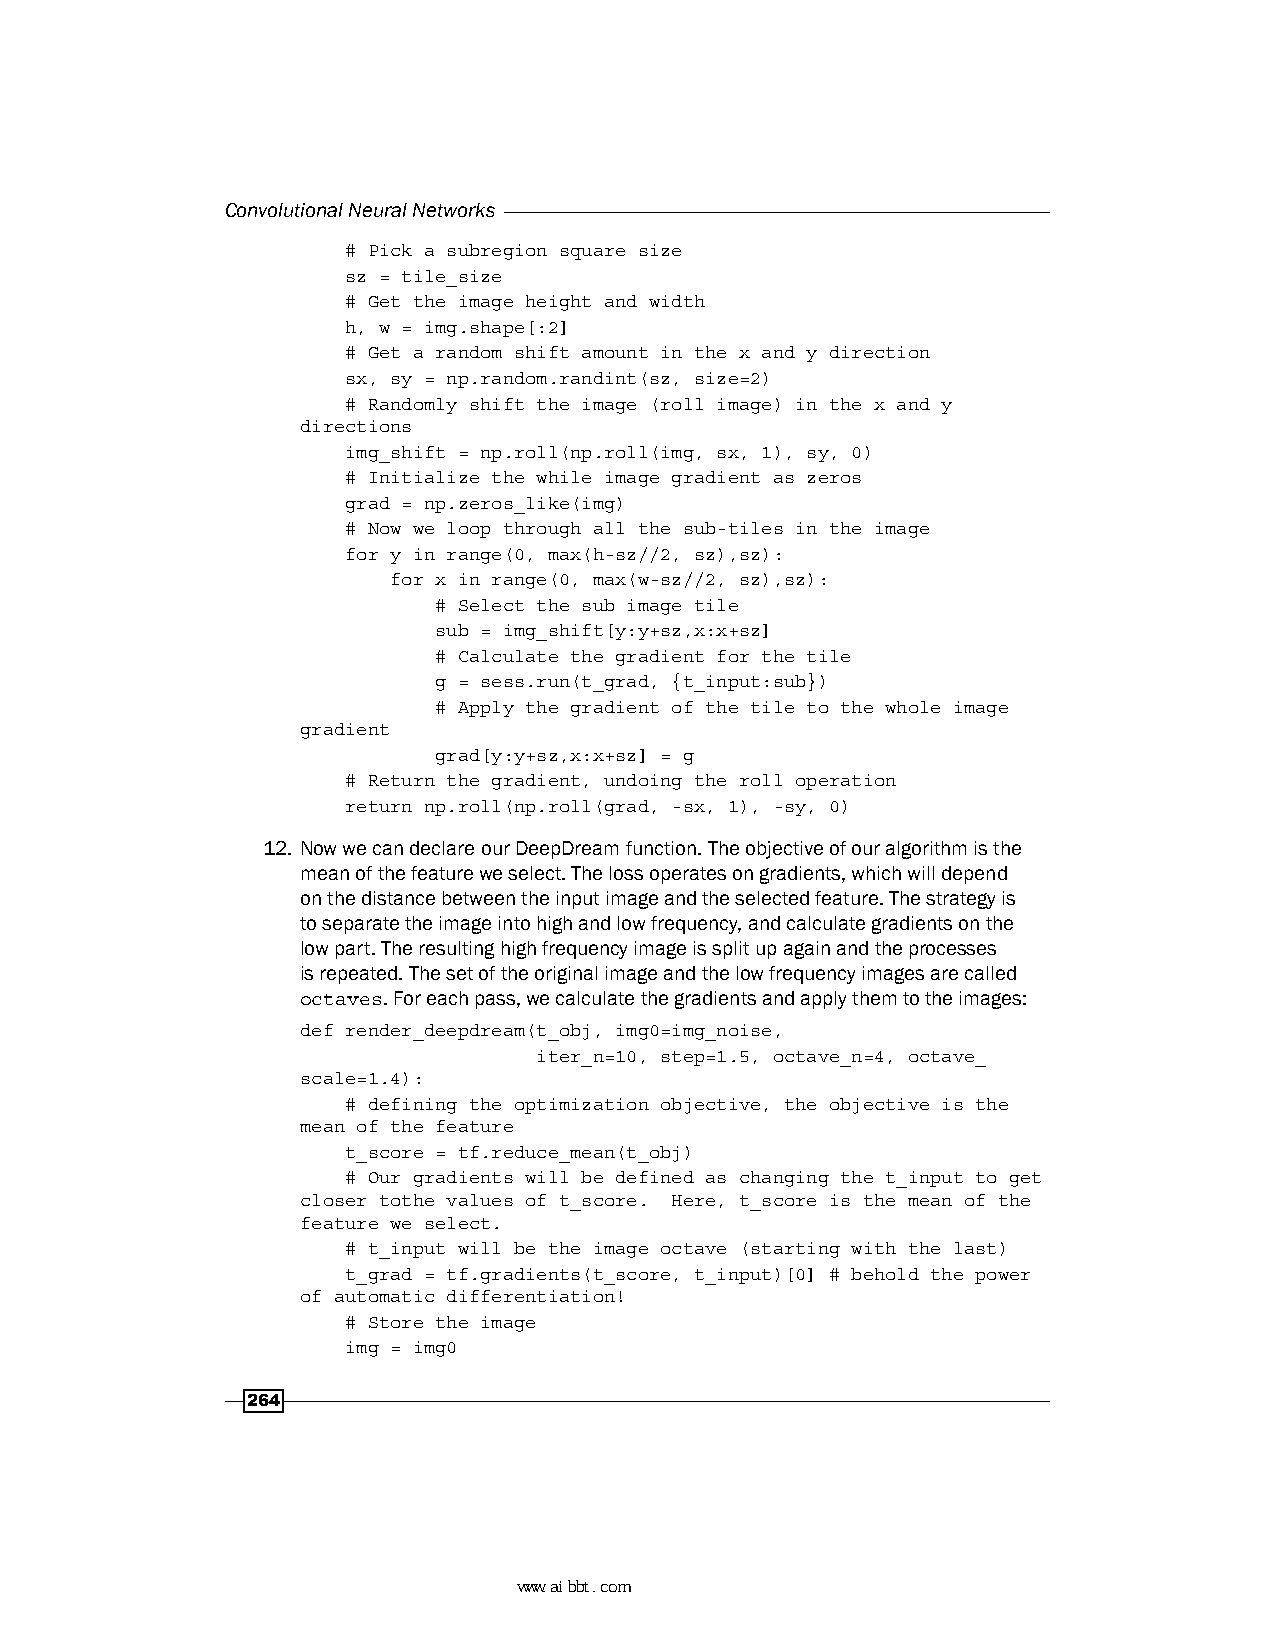
Convolutional Neural Networks
 # Pick a subregion square size
 sz = tile_size
 # Get the image height and width
 h, w = img.shape[:2]
 # Get a random shift amount in the x and y direction
 sx, sy = np.random.randint(sz, size=2)
 # Randomly shift the image (roll image) in the x and y
 directions
 img_shift = np.roll(np.roll(img, sx, 1), sy, 0)
 # Initialize the while image gradient as zeros
 grad = np.zeros_like(img)
 # Now we loop through all the sub-tiles in the image
 for y in range(0, max(h-sz//2, sz),sz):
 for x in range(0, max(w-sz//2, sz),sz):
 # Select the sub image tile
 sub = img_shift[y:y+sz,x:x+sz]
 # Calculate the gradient for the tile
 g = sess.run(t_grad, {t_input:sub})
 # Apply the gradient of the tile to the whole image
 gradient
 grad[y:y+sz,x:x+sz] = g
 # Return the gradient, undoing the roll operation
 return np.roll(np.roll(grad, -sx, 1), -sy, 0)
 12. Now we can declare our DeepDream function. The objective of our algorithm is the
 mean of the feature we select. The loss operates on gradients, which will depend
 on the distance between the input image and the selected feature. The strategy is
 to separate the image into high and low frequency, and calculate gradients on the
 low part. The resulting high frequency image is split up again and the processes
 is repeated. The set of the original image and the low frequency images are called
 octaves. For each pass, we calculate the gradients and apply them to the images:
 def render_deepdream(t_obj, img0=img_noise,
 iter_n=10, step=1.5, octave_n=4, octave_
 scale=1.4):
 # defining the optimization objective, the objective is the
 mean of the feature
 t_score = tf.reduce_mean(t_obj)
 # Our gradients will be defined as changing the t_input to get
 closer tothe values of t_score. Here, t_score is the mean of the
 feature we select.
 # t_input will be the image octave (starting with the last)
 t_grad = tf.gradients(t_score, t_input)[0] # behold the power
 of automatic differentiation!
 # Store the image
 img = img0
 264
 www.aibbt.com 让未来触手可及